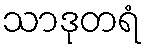
သာဒုတရံ